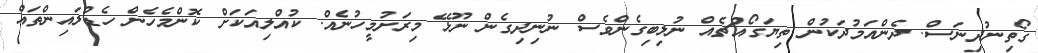
ގޯތިނުދިނަސް. ދެންއަމުދަކުން ތިޔަގޯއްޗެއް ނުލިބިގެންވެސް ނުނިދިގެން ނޫޅޭ މިރަށުމީހުނެއް. ކުއްލިއަކަށް ކޮންމެހެން ހެޑްލައިންތައް